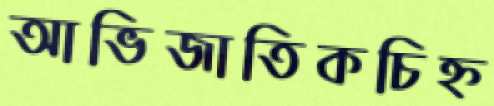
আভিজাতিকচিহ্ন